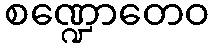
စဏ္ဍောတေဝ